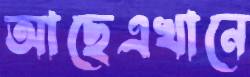
আছেএখানে